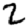
Digit: 2